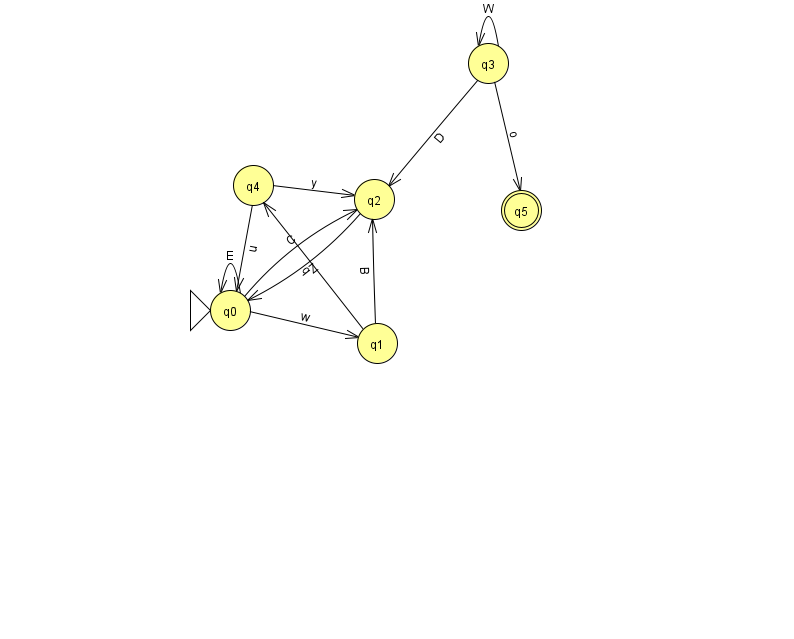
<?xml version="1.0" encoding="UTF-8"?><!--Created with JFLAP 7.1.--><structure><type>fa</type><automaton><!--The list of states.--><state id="0" name="q0"><x>230.0</x><y>297.0</y><initial/></state><state id="1" name="q1"><x>377.0</x><y>330.0</y></state><state id="2" name="q2"><x>374.0</x><y>186.0</y></state><state id="3" name="q3"><x>488.0</x><y>50.0</y></state><state id="4" name="q4"><x>253.0</x><y>172.0</y></state><state id="5" name="q5"><x>521.0</x><y>197.0</y><final/></state><!--The list of transitions.--><transition><from>4</from><to>2</to><read>y</read></transition><transition><from>0</from><to>2</to><read>C</read></transition><transition><from>0</from><to>0</to><read>E</read></transition><transition><from>1</from><to>2</to><read>B</read></transition><transition><from>3</from><to>5</to><read>o</read></transition><transition><from>0</from><to>1</to><read>w</read></transition><transition><from>3</from><to>3</to><read>W</read></transition><transition><from>4</from><to>0</to><read>u</read></transition><transition><from>3</from><to>2</to><read>D</read></transition><transition><from>1</from><to>4</to><read>q</read></transition><transition><from>2</from><to>0</to><read>Z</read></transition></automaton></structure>